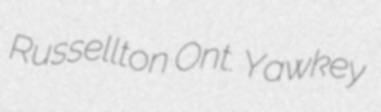
Russellton Ont. Yawkey